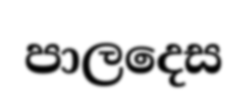
පාලදෙස